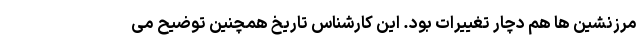
مرزنشین ها هم دچار تغییرات بود. این کارشناس تاریخ همچنین توضیح می